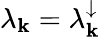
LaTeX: \lambda_{\mathbf{k}}=\lambda_{\mathbf{k}}^{\downarrow}